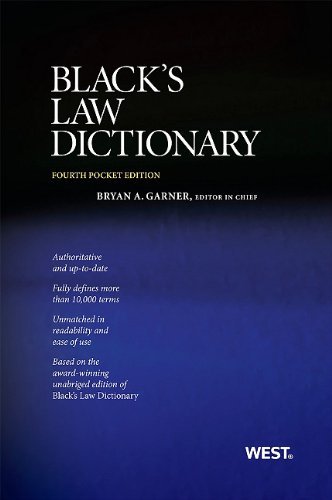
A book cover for Black's Law Dictionary, Pocket Edition, 4th; Bryan A. Garner; Law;